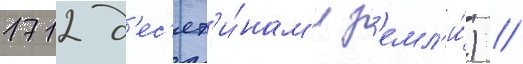
1712 д'ес'ят'и́нам'и з'емл'и́) //